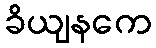
ခိယျနကေ